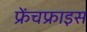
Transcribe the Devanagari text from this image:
फ्रेंचफ्राइस